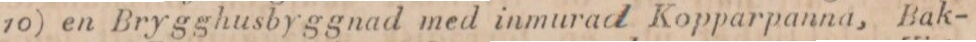
10) en Brygghusbyggnad med inmurad Kopparpanna, Bak-